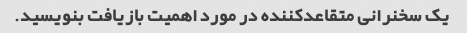
یک سخنرانی متقاعدکننده در مورد اهمیت بازیافت بنویسید.